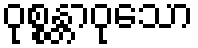
ဝုစ္စန္တာဝုသော